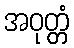
အဝုတ္တံ